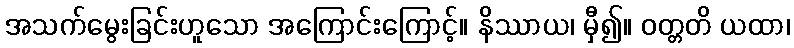
အသက်မွေးခြင်းဟူသော အကြောင်းကြောင့်။ နိဿာယ၊ မှီ၍။ ဝတ္တတိ ယထာ၊